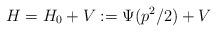
LaTeX: \begin{align*} H = H_0 + V := \Psi(p^2/2) + V\end{align*}